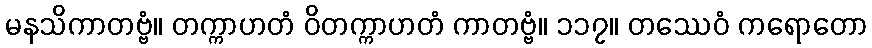
မနသိကာတဗ္ဗံ။ တက္ကာဟတံ ဝိတက္ကာဟတံ ကာတဗ္ဗံ။ ၁၁၇။ တဿေဝံ ကရောတော